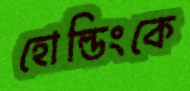
হোল্ডিংকে